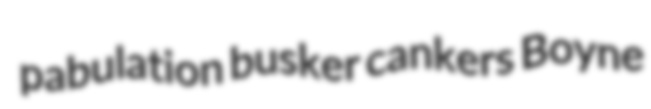
pabulation busker cankers Boyne